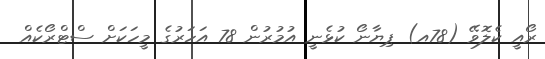
ރޯއީ ކެލޮވޭ (78އ) ޕިޔާނޯ ކުޅެނީ އުމުރުން 78 އަހަރުގެ މީހަަކަށް ސްޓްރޯކެއް